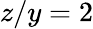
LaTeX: z/y=2